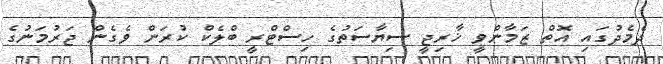
ދެމެދުގައި އޮތް ޒަމާންވީ ޚާރިޖީ ސިޔާސަތުގެ ހިސްޓްރީ ބްލެކް ކުރަން ވެގެން ޖަރުމަނުގެ